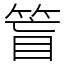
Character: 䈍